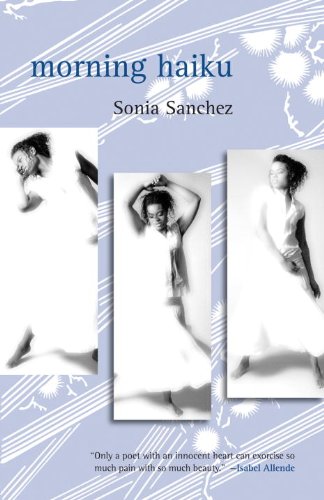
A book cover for Morning Haiku; Sonia Sanchez; Literature & Fiction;